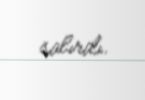
salırdı.